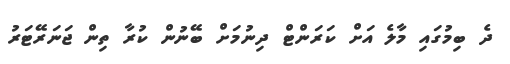
ދެ ބިމުގައި މާލެ އަށް ކަރަންޓް ދިނުމަށް ބޭނުން ކުރާ ތިން ޖަނަރޭޓަރު